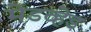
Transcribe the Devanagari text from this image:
मेडव्हेड